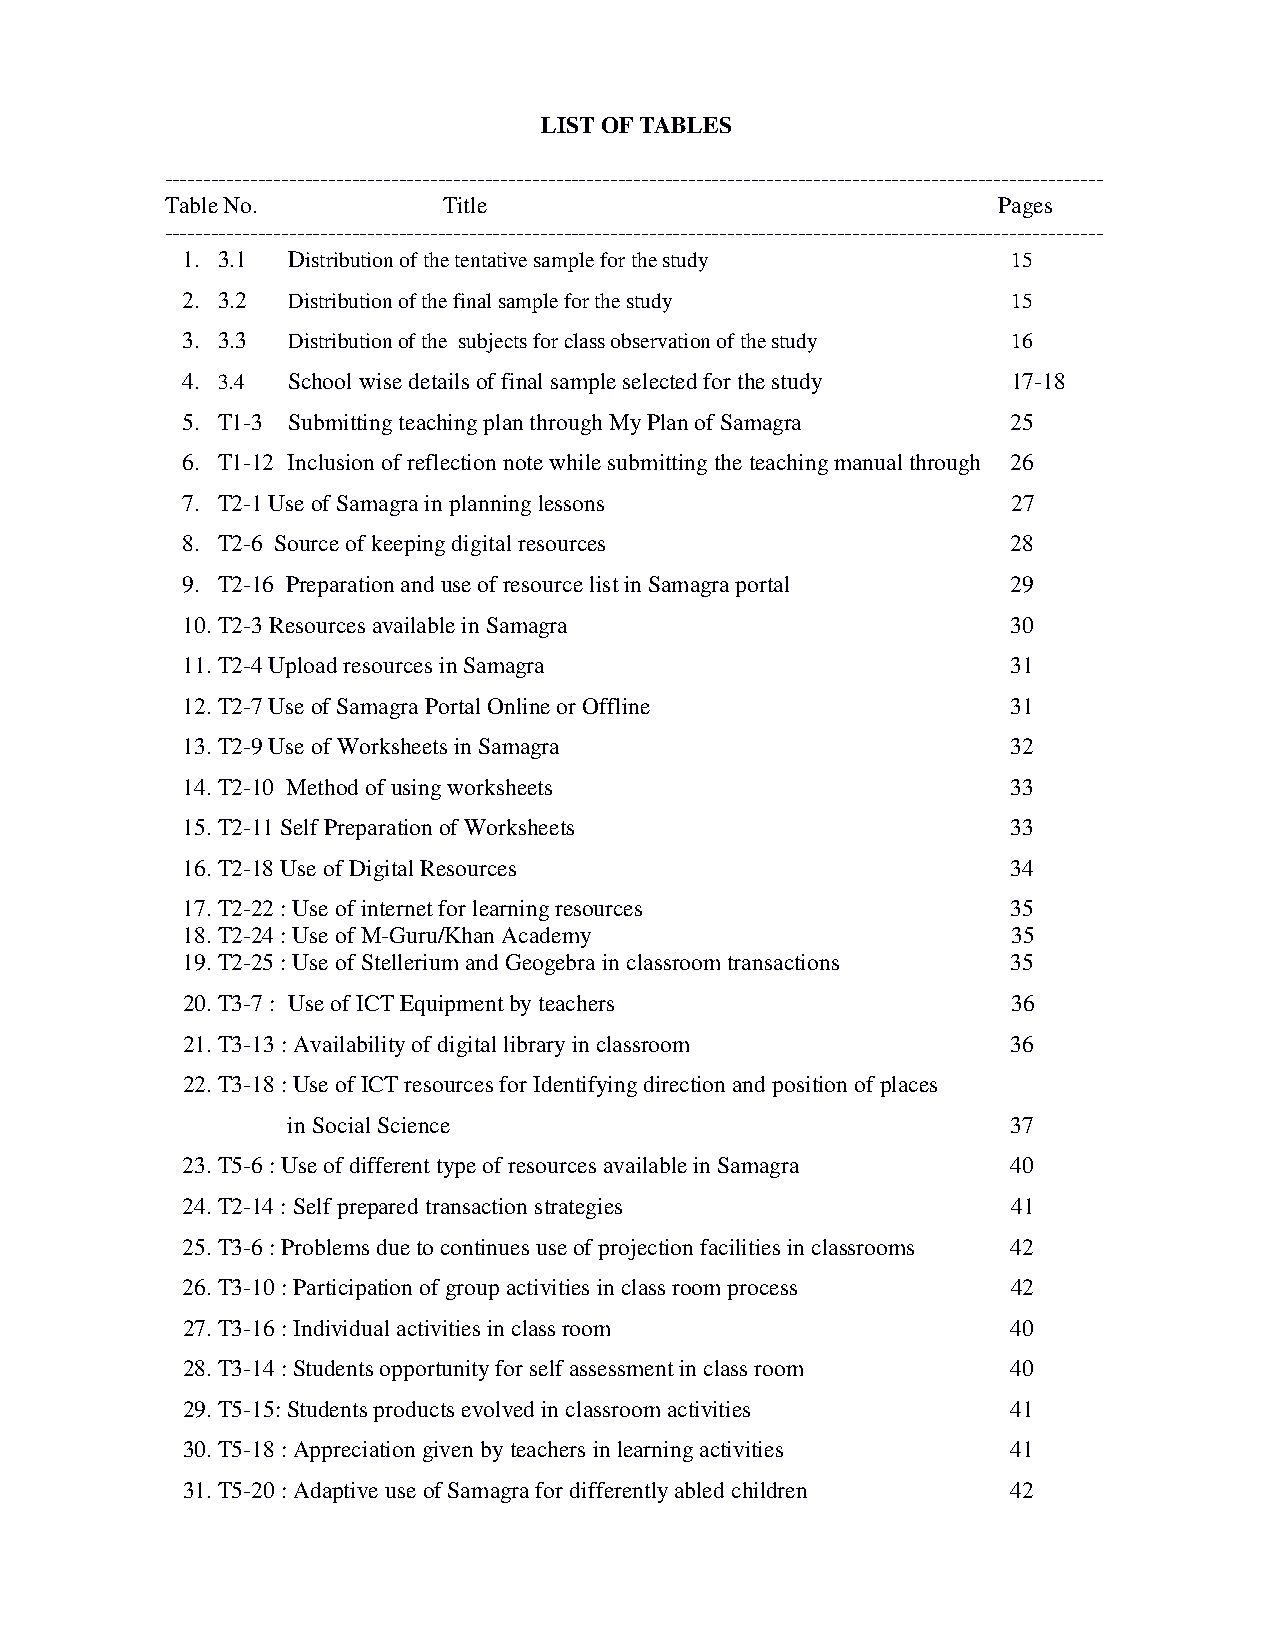
LIST OF TABLES
 ------------------------------------------------------------------------------------------------------------------------
 Table No.         Title                                Pages
 ------------------------------------------------------------------------------------------------------------------------
 1. 3.1 Distribution of the tentative sample for the study 15
 2. 3.2 Distribution of the final sample for the study  15
 3. 3.3 Distribution of the subjects for class observation of the study 16
 4. 3.4 School wise details of final sample selected for the study 17-18
 5. T1-3 Submitting teaching plan through My Plan of Samagra 25
 6. T1-12 Inclusion of reflection note while submitting the teaching manual through 26
 7. T2-1 Use of Samagra in planning lessons             27
 8. T2-6 Source of keeping digital resources            28
 9. T2-16 Preparation and use of resource list in Samagra portal 29
 10. T2-3 Resources available in Samagra                30
 11. T2-4 Upload resources in Samagra                   31
 12. T2-7 Use of Samagra Portal Online or Offline       31
 13. T2-9 Use of Worksheets in Samagra                  32
 14. T2-10 Method of using worksheets                   33
 15. T2-11 Self Preparation of Worksheets               33
 16. T2-18 Use of Digital Resources                     34
 17. T2-22 : Use of internet for learning resources     35
 18. T2-24 : Use of M-Guru/Khan Academy                 35
 19. T2-25 : Use of Stellerium and Geogebra in classroom transactions 35
 20. T3-7 : Use of ICT Equipment by teachers            36
 21. T3-13 : Availability of digital library in classroom 36
 22. T3-18 : Use of ICT resources for Identifying direction and position of places
 in Social Science                               37
 23. T5-6 : Use of different type of resources available in Samagra 40
 24. T2-14 : Self prepared transaction strategies       41
 25. T3-6 : Problems due to continues use of projection facilities in classrooms 42
 26. T3-10 : Participation of group activities in class room process 42
 27. T3-16 : Individual activities in class room        40
 28. T3-14 : Students opportunity for self assessment in class room 40
 29. T5-15: Students products evolved in classroom activities 41
 30. T5-18 : Appreciation given by teachers in learning activities 41
 31. T5-20 : Adaptive use of Samagra for differently abled children 42